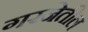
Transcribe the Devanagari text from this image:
गरजेतील